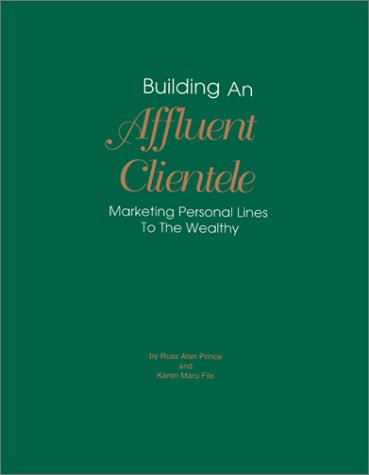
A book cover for Building an Affluent Clientele: Marketing Personal Lines to the Wealthy; Russ Alan Prince; Engineering & Transportation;